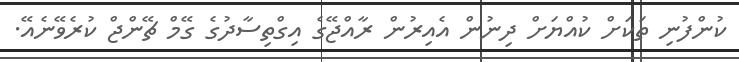
ކުންފުނި ތަކަށް ކުއްޔަށް ދިނުން އެއިރުން ރާއްޖޭގެ އިގްތިސާދުގެ ގޭމް ޗޭންޖް ކުރެވޭނެއޭ.